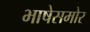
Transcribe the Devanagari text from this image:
भाषेसमोर